Rangoon Lunatic Asylum 1878-1892 - 1878-1892
Year: 1878
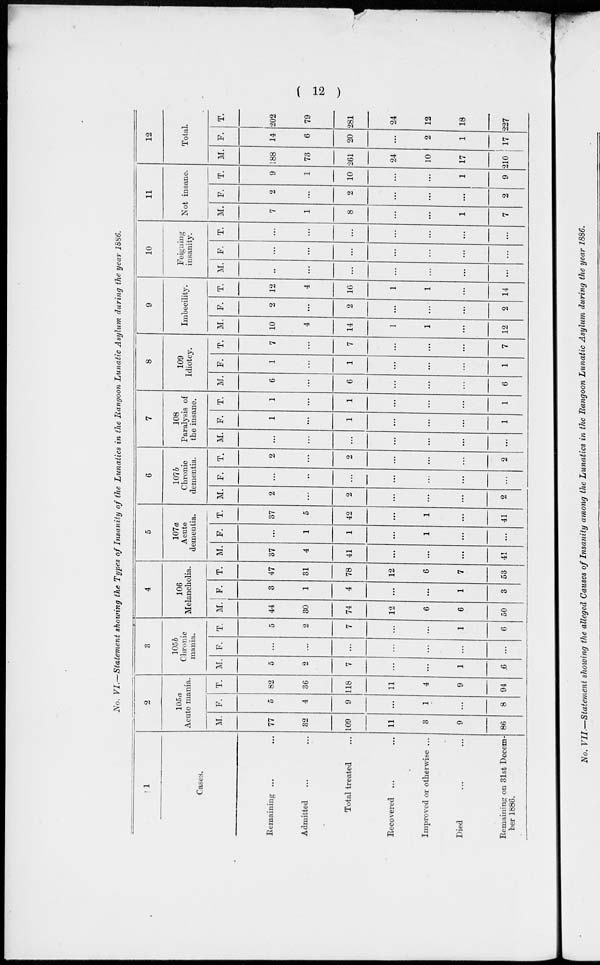
( 12 )
No. VI.—Statement showing the Types of Insanity of the Lunatics in the Rangoon Lunatic Asylum during the year 1886.
1
Cases.
Remaining ... ...
Admitted ... ...
Total treated ...
Recovered ... ...
Improved or otherwise ...
Died ... ...
Remaining on 31st Decem-
ber 1886.
2
105a
Acute mania.
M.
77
32
109
11
3
9
86
F.
5
4
9
...
1
...
8
T.
82
36
118
11
4
9
94
3
105b
Chronic
mania.
M.
5
2
7
...
...
1
6
F.
...
...
...
...
...
...
...
T.
5
2
7
...
...
1
6
4
106
Melancholia.
M.
44
30
74
12
6
6
50
F.
3
1
4
...
...
1
3
T.
47
31
78
12
6
7
53
5
107a
Acute
dementia.
M.
37
4
41
...
...
...
41
F.
...
1
1
...
1
...
...
T.
37
5
42
...
1
...
41
6
107b
Chronic
dementia.
M.
2
...
2
...
...
...
2
F.
...
...
...
...
...
...
...
T.
2
...
2
...
...
...
2
7
108
Paralysis of
the insane.
M.
...
...
...
...
...
...
...
F.
1
...
1
...
...
...
1
T.
1
...
1
...
...
...
1
8
109
Idiotcy.
M.
6
...
6
...
...
...
6
F.
1
...
1
...
...
...
1
T.
7
...
7
...
...
...
7
9
Imbecility.
M.
10
4
14
1
1
...
12
F.
2
...
2
...
...
...
2
T.
12
4
16
1
1
...
14
10
Feigning
insanity.
M.
...
...
...
...
...
...
...
F.
...
...
...
...
...
...
...
T.
...
...
...
...
...
...
...
11
Not insane.
M.
7
1
8
...
...
1
7
F.
2
...
2
...
...
...
2
T.
9
1
10
...
...
1
9
12
Total.
M.
188
73
261
24
10
17
210
F.
14
6
20
...
2
1
17
T.
202
79
281
24
12
18
227